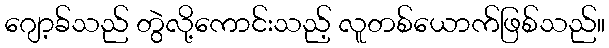
ဂျော့ခ်သည် တွဲလို့ကောင်းသည့် လူတစ်ယောက်ဖြစ်သည်။